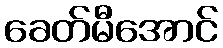
ခေတ်မီအောင်